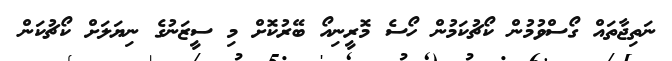
ނަތިޖާތައް ގޯސްވުމުން ކޯޗުކަމުން ހޯސެ މޮރީނިއޯ ބޭރުކޮށް މި ސީޒަނުގެ ނިޔަލަށް ކޯޗުކަން